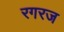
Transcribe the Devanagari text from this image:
रगरज